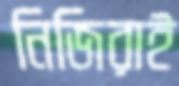
নিজিরাই